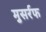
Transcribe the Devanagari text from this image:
मुसर्रफ